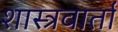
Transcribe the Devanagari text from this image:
शास्त्रवार्ता